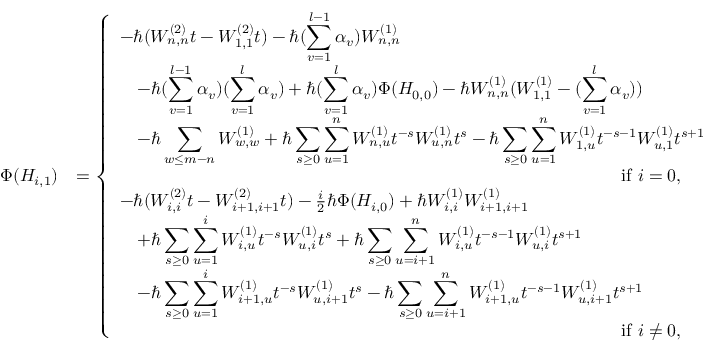
\begin{array} { r l } { \Phi ( H _ { i , 1 } ) } & { = \left\{ \begin{array} { l l } { - \hbar ( W _ { n , n } ^ { ( 2 ) } t - W _ { 1 , 1 } ^ { ( 2 ) } t ) - \hbar ( \displaystyle \sum _ { v = 1 } ^ { l - 1 } \alpha _ { v } ) W _ { n , n } ^ { ( 1 ) } } \\ { \quad - \hbar ( \displaystyle \sum _ { v = 1 } ^ { l - 1 } \alpha _ { v } ) ( \displaystyle \sum _ { v = 1 } ^ { l } \alpha _ { v } ) + \hbar ( \displaystyle \sum _ { v = 1 } ^ { l } \alpha _ { v } ) \Phi ( H _ { 0 , 0 } ) - \hbar W _ { n , n } ^ { ( 1 ) } ( W _ { 1 , 1 } ^ { ( 1 ) } - ( \displaystyle \sum _ { v = 1 } ^ { l } \alpha _ { v } ) ) } \\ { \quad - \hbar \displaystyle \sum _ { w \leq m - n } W _ { w , w } ^ { ( 1 ) } + \hbar \displaystyle \sum _ { s \geq 0 } \displaystyle \sum _ { u = 1 } ^ { n } W _ { n , u } ^ { ( 1 ) } t ^ { - s } W _ { u , n } ^ { ( 1 ) } t ^ { s } - \hbar \displaystyle \sum _ { s \geq 0 } \displaystyle \sum _ { u = 1 } ^ { n } W _ { 1 , u } ^ { ( 1 ) } t ^ { - s - 1 } W _ { u , 1 } ^ { ( 1 ) } t ^ { s + 1 } } \\ { \qquad \qquad \qquad \qquad \qquad \qquad \qquad \qquad \qquad \qquad \qquad \qquad \qquad \qquad \mathrm { ~ i f ~ } i = 0 , } \\ { - \hbar ( W _ { i , i } ^ { ( 2 ) } t - W _ { i + 1 , i + 1 } ^ { ( 2 ) } t ) - \frac { i } { 2 } \hbar \Phi ( H _ { i , 0 } ) + \hbar W _ { i , i } ^ { ( 1 ) } W _ { i + 1 , i + 1 } ^ { ( 1 ) } } \\ { \quad + \hbar \displaystyle \sum _ { s \geq 0 } \displaystyle \sum _ { u = 1 } ^ { i } W _ { i , u } ^ { ( 1 ) } t ^ { - s } W _ { u , i } ^ { ( 1 ) } t ^ { s } + \hbar \displaystyle \sum _ { s \geq 0 } \displaystyle \sum _ { u = i + 1 } ^ { n } W _ { i , u } ^ { ( 1 ) } t ^ { - s - 1 } W _ { u , i } ^ { ( 1 ) } t ^ { s + 1 } } \\ { \quad - \hbar \displaystyle \sum _ { s \geq 0 } \displaystyle \sum _ { u = 1 } ^ { i } W _ { i + 1 , u } ^ { ( 1 ) } t ^ { - s } W _ { u , i + 1 } ^ { ( 1 ) } t ^ { s } - \hbar \displaystyle \sum _ { s \geq 0 } \displaystyle \sum _ { u = i + 1 } ^ { n } W _ { i + 1 , u } ^ { ( 1 ) } t ^ { - s - 1 } W _ { u , i + 1 } ^ { ( 1 ) } t ^ { s + 1 } } \\ { \qquad \qquad \qquad \qquad \qquad \qquad \qquad \qquad \qquad \qquad \qquad \qquad \qquad \qquad \mathrm { ~ i f ~ } i \neq 0 , } \end{array} \right. } \end{array}